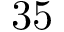
3 5